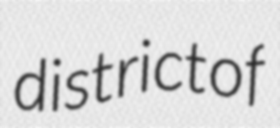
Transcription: district of